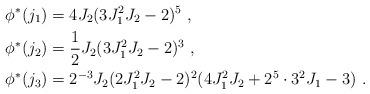
LaTeX: \begin{align*} \phi^*(j_1) & = 4J_2(3J_{1}^2J_2-2)^5 \ , \\ \phi^*(j_2) & = \frac{1}{2}J_2(3J_{1}^2J_2-2)^3 \ , \\ \phi^*(j_3) & = 2^{-3}J_2(2J_{1}^2J_2-2)^2(4J_{1}^2J_2+2^5\cdot3^2J_1-3) \ .\end{align*}